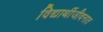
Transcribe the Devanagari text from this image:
विद्यार्थीजीवनात